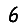
Digit: 6